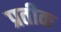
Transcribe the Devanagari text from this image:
प्रतीक